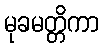
မုခမတ္တိကာ